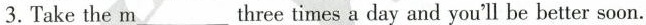
3.Takethe m___three times a day and you'll be better soon.